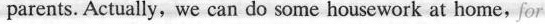
parents. Actually, we can do some housework at home,for